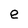
Character: e